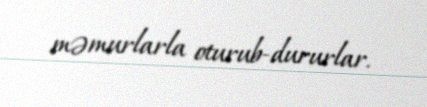
məmurlarla oturub-dururlar.